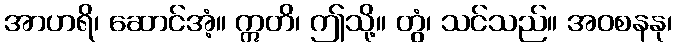
အာဟရိ၊ ဆောင်အံ့။ ဣတိ၊ ဤသို့။ တွံ၊ သင်သည်။ အဝစနနု၊